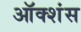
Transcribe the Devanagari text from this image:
ऑक्शंस